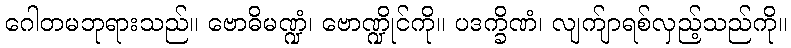
ဂေါတမဘုရားသည်။ ဗောဓိမဏ္ဍံ၊ ဗောဏ္ဍိုင်ကို။ ပဒက္ခိဏံ၊ လျက်ျာရစ်လှည့်သည်ကို။